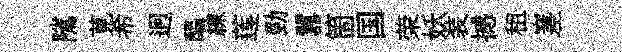
隲莧希迥醖練莲勁囂箇国荣妖装撼租嵳